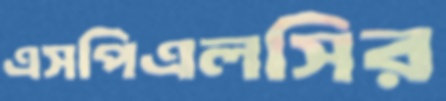
এসপিএলসির